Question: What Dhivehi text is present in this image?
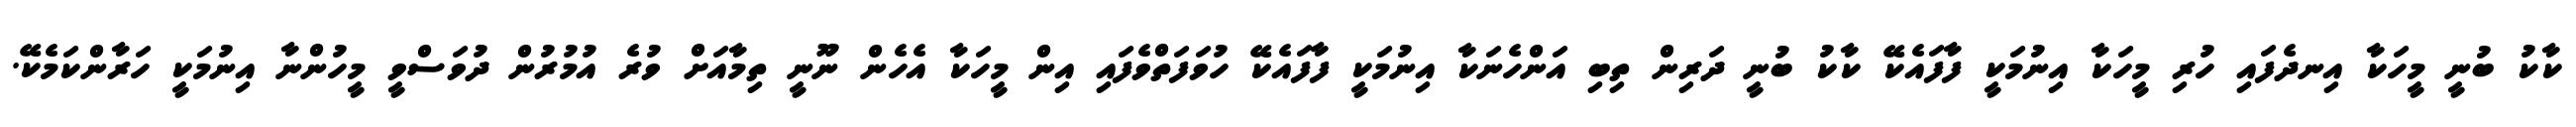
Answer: ކާކު ބުނީ މީހަކާ އިނދެފައި ހުރި މީހަކާ އިނުމަކީ ފާފައެކޭ ކާކު ބުނީ ދަރިން ތިބި އަންހެނަކާ އިނުމަކީ ފާފައެކޭ ހުވަފަތްވެފައި އިން މީހަކާ އެހެން ނޫނީ ތިމާއަށް ވުރެ އުމުރުން ދުވަސްވީ މީހުންނާ އިނުމަކީ ހަރާންކަމެކޭ.